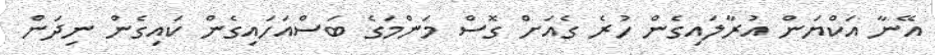
އޭނާ އަކްޔަން އުރާލައިގެން ހުރެ ގެއަށް ގޮސް މަންމަގެ ބަސްއަހައިގެން ކައިގެން ނިދަން